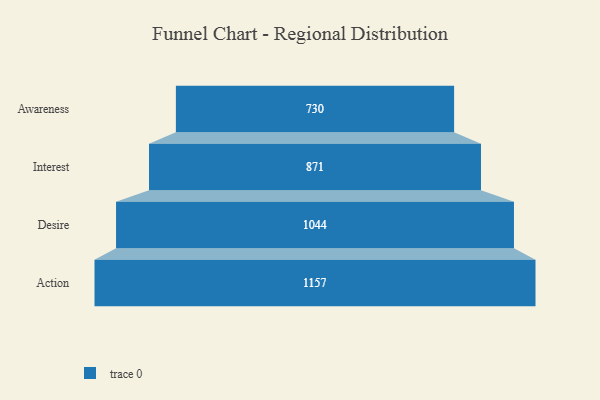
{"axis": {"x": "Stage", "y": "Value"}, "legend": [""], "data": [{"x": "Awareness", "y": 730.0, "type": ""}, {"x": "Interest", "y": 871.0, "type": ""}, {"x": "Desire", "y": 1044.0, "type": ""}, {"x": "Action", "y": 1157.0, "type": ""}]}